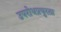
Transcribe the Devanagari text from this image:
उपरोधप्रचुरता